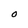
Character: O